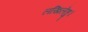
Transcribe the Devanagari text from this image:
लखिलेहु।